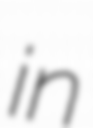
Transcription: in